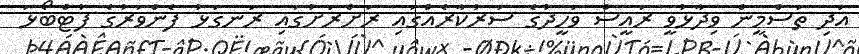
އަދި ތަސްމީން ވިދާޅުވީ ރައީސް ވަހީދުގެ ސަރުކާރެއްގައި ރަށްރަށުގައި ރަނގަޅު ފެންވަރުގެ ފުޓްބޯޅަ